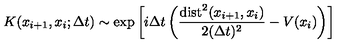
K ( x _ { i + 1 } , x _ { i } ; \Delta t ) \sim \exp \left[ i \Delta t \left( \frac { \mathrm { d i s t } ^ { 2 } ( x _ { i + 1 } , x _ { i } ) } { 2 ( \Delta t ) ^ { 2 } } - V ( x _ { i } ) \right) \right]